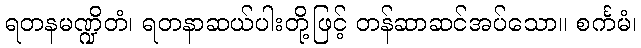
ရတနမဏ္ဍိတံ၊ ရတနာဆယ်ပါးတို့ဖြင့် တန်ဆာဆင်အပ်သော။ စင်္ကမံ၊